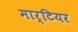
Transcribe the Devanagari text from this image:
मार्टियर